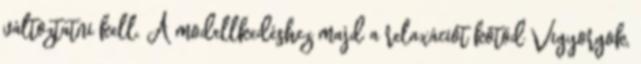
változtatni kell. A modellkedéshez majd a relaxációt kötöd Vigyorgok,